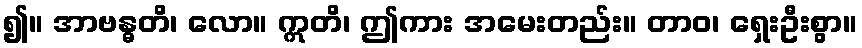
၍။ အာဗန္ဓတိ၊ လော။ ဣတိ၊ ဤကား အမေးတည်း။ တာဝ၊ ရှေးဦးစွာ။